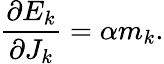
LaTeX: \frac{\partial E_{k}}{\partial J_{k}}=\alpha m_{k}.